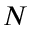
N